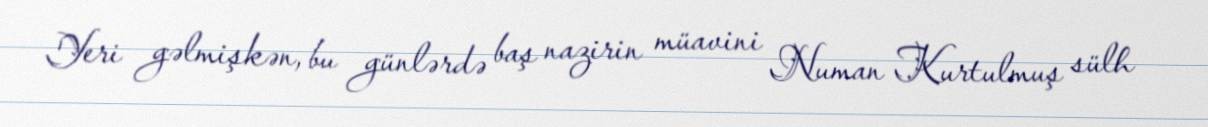
Yeri gəlmişkən, bu günlərdə baş nazirin müavini Numan Kurtulmuş sülh